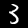
Digit: 3